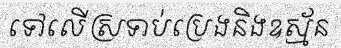
ទៅលើស្រទាប់ប្រេងនិងឧស្ម័ន